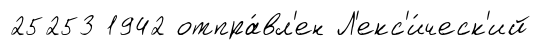
25253 1942 отпра́вл'ен Л'екс'и́ческ'ий